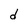
Character: d